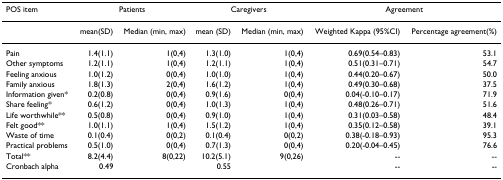
<table><thead><tr><td><b>POS item</b></td><td colspan="2"><b>Patients</b></td><td colspan="2"><b>Caregivers</b></td><td colspan="2"><b>Agreement</b></td></tr></thead><tbody><tr><td></td><td>mean(SD)</td><td>Median (min, max)</td><td>mean (SD)</td><td>Median (min, max)</td><td>Weighted Kappa (95%CI)</td><td>Percentage agreement(%)</td></tr><tr><td>Pain</td><td>1.4(1.1)</td><td>1(0,4)</td><td>1.3(1.0)</td><td>1(0,4)</td><td>0.69(0.54–0.83)</td><td>53.1</td></tr><tr><td>Other symptoms</td><td>1.2(1.1)</td><td>1(0,4)</td><td>1.2(1.1)</td><td>1(0,4)</td><td>0.51(0.31–0.71)</td><td>54.7</td></tr><tr><td>Feeling anxious</td><td>1.0(1.2)</td><td>0(0,4)</td><td>1.0(1.0)</td><td>1(0,4)</td><td>0.44(0.20–0.67)</td><td>50.0</td></tr><tr><td>Family anxious</td><td>1.8(1.3)</td><td>2(0,4)</td><td>1.6(1.2)</td><td>1(0,4)</td><td>0.49(0.30–0.68)</td><td>37.5</td></tr><tr><td>Information given*</td><td>0.2(0.8)</td><td>0(0,4)</td><td>0.9(1.6)</td><td>0(0,4)</td><td>0.04(-0.10–0.17)</td><td>71.9</td></tr><tr><td>Share feeling*</td><td>0.6(1.2)</td><td>0(0,4)</td><td>1.0(1.3)</td><td>1(0,4)</td><td>0.48(0.26–0.71)</td><td>51.6</td></tr><tr><td>Life worthwhile**</td><td>0.5(0.8)</td><td>0(0,4)</td><td>0.9(1.0)</td><td>1(0,4)</td><td>0.31(0.03–0.58)</td><td>48.4</td></tr><tr><td>Felt good**</td><td>1.0(1.1)</td><td>1(0,4)</td><td>1.5(1.2)</td><td>1(0,4)</td><td>0.35(0.12–0.58)</td><td>39.1</td></tr><tr><td>Waste of time</td><td>0.1(0.4)</td><td>0(0,2)</td><td>0.1(0.4)</td><td>0(0,2)</td><td>0.38(-0.18–0.93)</td><td>95.3</td></tr><tr><td>Practical problems</td><td>0.5(1.0)</td><td>0(0,4)</td><td>0.7(1.3)</td><td>0(0,4)</td><td>0.20(-0.04–0.45)</td><td>76.6</td></tr><tr><td>Total**</td><td>8.2(4.4)</td><td>8(0,22)</td><td>10.2(5.1)</td><td>9(0,26)</td><td>--</td><td>--</td></tr><tr><td>Cronbach alpha</td><td>0.49</td><td></td><td>0.55</td><td></td><td>--</td><td>--</td></tr></tbody></table>